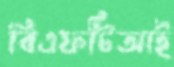
বিএফটিআই